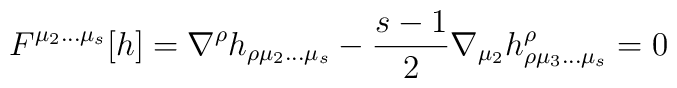
F^{\mu_2\ldots\mu_s}[h]=\nabla^{\rho}h_{\rho\mu_2\ldots\mu_s}-{s-1\over 2}\nabla_{\mu_2}h^{\rho}_{\rho\mu_3\ldots\mu_s}=0